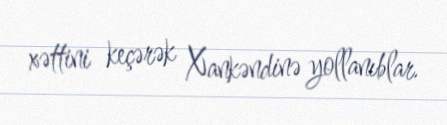
xəttini keçərək Xankəndinə yollanıblar.